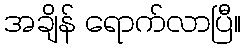
အချိန် ရောက်လာပြီ။